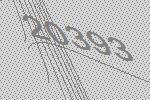
20393